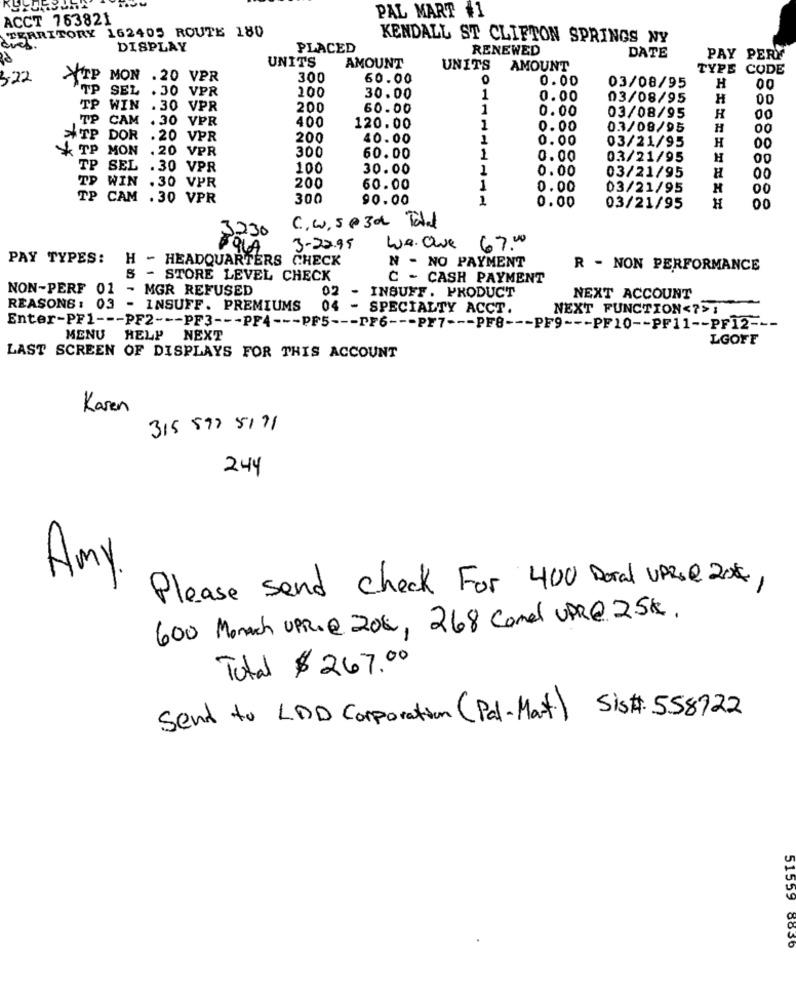
ACCT 753821
PAL MART #1
TERRITORY 162405 ROUTE 180
KENDALL ST CLIFTON SPRINGS NY
DISPLAY
PLACED
RENEWED
UNITS
AMOUNT
DATE
PAY PERY
UNITS
AMOUNT
TYPE CODE
322
ATP MON . 20 VPR
300
60.00
0
0.00
TP SEL
. 30 VPR
200
03/08/95
H
00
30.00
1
0.00
03/08/95
H
00
TP
WIN
. 30 VPR
200
60.00
1
0.00
CAM . 30 VPR
400
03/08/95
00
120.00
1
0.00
03/08/95
H
00
TP DOR . 20 VPR
200
40.00
0.00
03/21/95
H
* TP MON . 20 VPR
300
00
60.00
1
0.00
03/21/95
H
00
TP SEL . 30 VPR
100
30.00
0.00
03/21/95
00
TP WIN . 30 VPR
200
60.00
1
0.00
03/21/95
H
00
TP CAM . 30 VPR
300
90.00
1
0.00
H
03/21/95
00
3230
C. W. S @ 30 Total
POLA
3-22.95
We. ave 67.00
PAY TYPES:
H - HEADQUARTERS CHECK
N - NO PAYMENT
R - NON PERFORMANCE
S - STORE LEVEL CHECK
C - CASH PAYMENT
NON-PERF 01
- MGR REFUSED
02 - INSUFF. PRODUCT
NEXT ACCOUNT
REASONS : 03
INSUFF. PREMIUMS
04 - SPECIALTY ACCT.
NEXT FUNCTION<7>1
Enter-PF1 --- PF2 --- PF3 --- PF4 --- PF5 --- PF6 --- PF7 --- PF8 --- PF9 --- PF10 -- PF11 -- PF12 ---
MENU HELP NEXT
LGOFF
LAST SCREEN OF DISPLAYS FOR THIS ACCOUNT
Karen
315 597 8171
244
Amy.
Please send check For 400 Doral UPR@ 201,
600 Monach UPR.@ 206, 268 Comel UPR@25K.
Total $ 267.00
Sent to LDD Corporation (Pal-Mart) Sis# 558722
51559 88.30